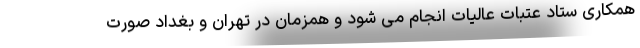
همکاری ستاد عتبات عالیات انجام می شود و همزمان در تهران و بغداد صورت